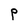
Character: P